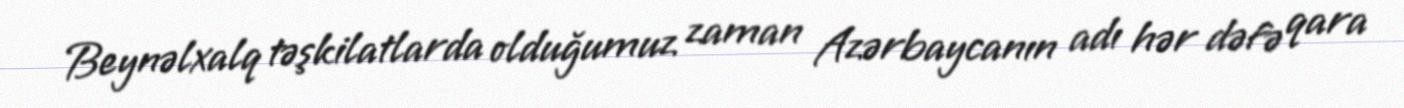
Beynəlxalq təşkilatlarda olduğumuz zaman Azərbaycanın adı hər dəfə qara